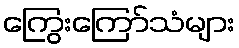
ကြွေးကြော်သံများ